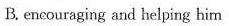
B. encouraging and helping him